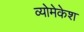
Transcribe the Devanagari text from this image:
व्योमेकेश